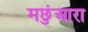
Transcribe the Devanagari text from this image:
मछुंआरा